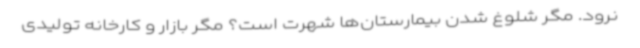
نرود. مگر شلوغ شدن بیمارستان‌ها شهرت است؟ مگر بازار و کارخانه‌ تولیدی